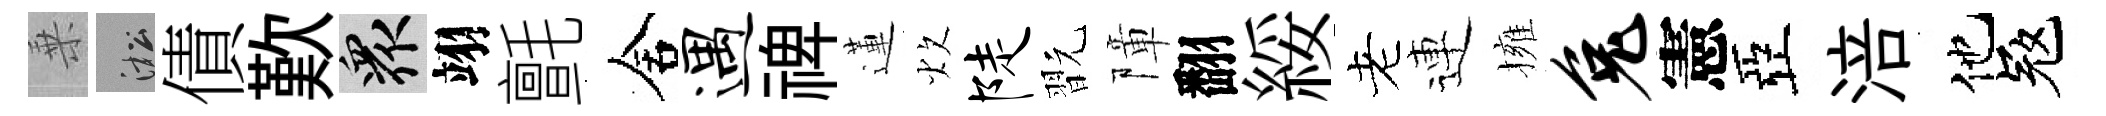
乗淞債歎衆翊氈舍遇禆蓮炊陡翫障翻綏老連擁兔憲亞涪他冦